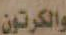
والكرتون